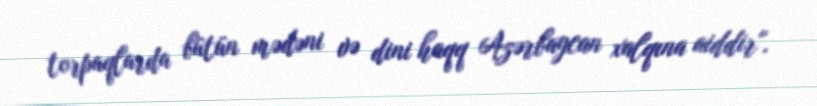
torpaqlarda bütün mədəni və dini haqq Azərbaycan xalqına aiddir".